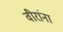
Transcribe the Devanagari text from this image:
वीरांना